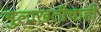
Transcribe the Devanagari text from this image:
मुलाखतीचाही